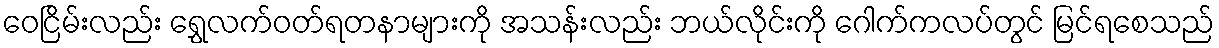
ဝေငြိမ်းလည်း ရွှေလက်ဝတ်ရတနာများကို အသန်းလည်း ဘယ်လိုင်းကို ဂေါက်ကလပ်တွင် မြင်ရစေသည်